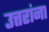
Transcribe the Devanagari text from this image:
उत्तरांना